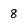
Character: 8